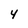
Character: 4